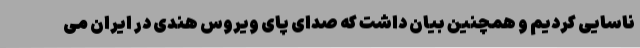
ناسایی کردیم و همچنین بیان داشت که صدای پای ویروس هندی در ایران می